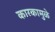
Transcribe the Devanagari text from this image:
कारकामुळे